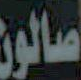
صالون